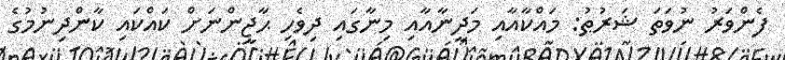
ފެންވަރު ނުވަތަ ޝަރުޠު: މައްކާއާއި މަދީނާއާއި މިނާގައި ދިވެހި ޙާޖީންނަށް ކައްކައި ކާންދިނުމުގެ